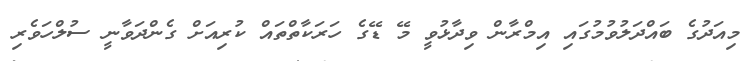
މިއަދުގެ ބައްދަލުވުމުގައި އިމްރާން ވިދާޅުވީ މޭ ޑޭގެ ހަރަކާތްތައް ކުރިއަށް ގެންދަވާނީ ސުލްހަވެރި